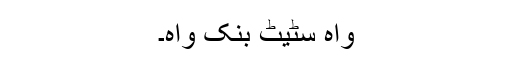
ّٰٰواہ سٹیٹ بنک واہ۔